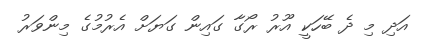
އަދި މި ދެ ބޭހަކީ އޫރު ރޯގާ ގައިން ގަޔަށް އެރުމުގެ މިންވަރު